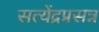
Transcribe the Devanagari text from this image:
सत्येंद्रप्रसन्न